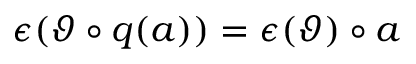
\epsilon ( \vartheta \circ q ( a ) ) = \epsilon ( \vartheta ) \circ a